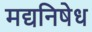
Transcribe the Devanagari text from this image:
मद्यनिषेध